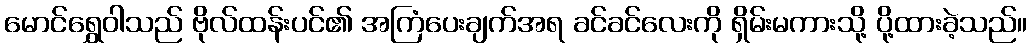
မောင်ရွှေဝါသည် ဗိုလ်ထန်းပင်၏ အကြံပေးချက်အရ ခင်ခင်လေးကို ရှိမ်းမကားသို့ ပို့ထားခဲ့သည်။